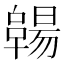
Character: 𠧊